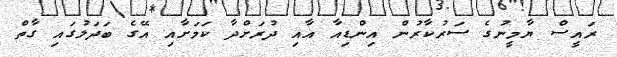
ރައީސް ޔާމީނުގެ ސަރުކާރުން އިންޑިއާ އާއި ދުރަށްދާ ކަމަށާއި އޭގެ ބަދަލުގައި ގާތް